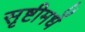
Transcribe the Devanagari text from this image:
सृष्टीमधें